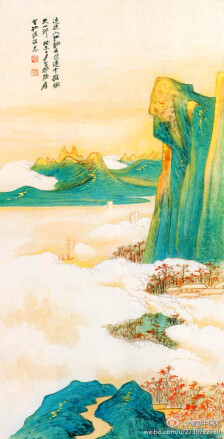
真积力久则入。